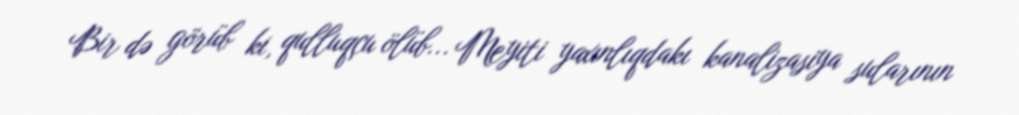
Bir də görüb ki, qulluqçu ölüb... Meyiti yaxınlıqdakı kanalizasiya sularının